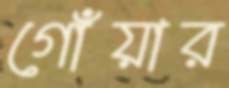
গোঁয়ার